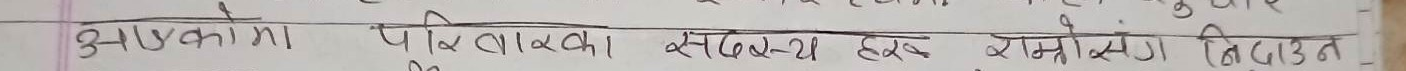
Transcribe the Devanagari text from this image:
३- आएकोमा परिवारका सदस्य हरुको विगठन